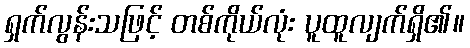
ရှက်လွန်းသဖြင့် တစ်ကိုယ်လုံး ပူထူလျက်ရှိ၏။